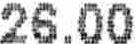
26.00